Leaving Certificate Examination (including Day School Certificate (Higher) General paper), 1930
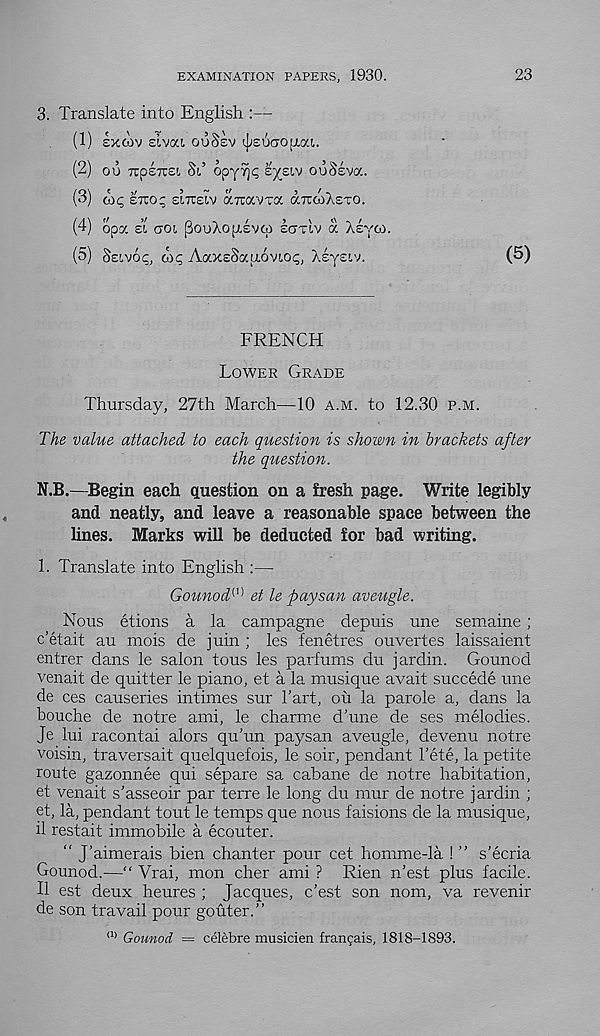
EXAMINATION PAPERS, 1930.
3. Translate into English
(1) exoiv sivou ouSsv ^£uao(i.aL
ou 7Tp£TU£(. oi opy^^
ouosva.
(3) ai<; sTio; zlnziv aTtavra arccoXtro.
(4) opa EL aoi pouXopLevco ICTTIV a Xsyai
(5) Seivo^, 6)5 AaX£Sa i u.6v!.05, Xsysiv.
FRENCH
LOWER GRADE
Thursday, 27th March—10 A.M. to 12.30 P.M.
The value attached to each question is shown in brackets after
the question.
N.B.—Begin each question on a fresh page. Write legibly
and neatly, and leave a reasonable space between the
lines. Marks will be deducted for bad writing.
1. Translate into English :—
Gotmod {1) et le paysan aveugle.
Nous etions a la campagne depuis une semaine ;
c'etait au mois de juin ; les fenetres ouvertes laissaient
entrer dans le salon tous les parfums du jardin. Gounod
venait de quitter le piano, et a la musique avait succede une
de ces causeries intimes sur hart, oil la parole a, dans la
bouche de notre ami, le charme d’une de ses melodies.
Je lui racontai alors qu'un paysan aveugle, devenu notre
voisin, traversait quelquefois, le soir, pendant hete, la petite
route gazonnee qui separe sa cabane de notre habitation,
et venait s’asseoir par terre le long du mur de notre jardin ;
et, la, pendant tout le temps que nous faisions de la musique,
il restait immobile a ecouter.
“ J'aimerais bien chanter pour cet homme-la ! ” s'ecria
Gounod.—“ Vrai, mon cher ami ? Rien n’est plus facile.
II est deux heures ; Jacques, c’est son nom, va revenir
de son travail pour gouter.”
a> Gounod = celebre musicien fran^ais, 1818-1893.